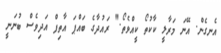
އެނގެން. އޭނަ މަރާލީ ކާކުތޯ ކީއްވެތޯ." ރައުދާގެ ބައްޕަ އާތިފް އަދިވެސް ބުނަނީ